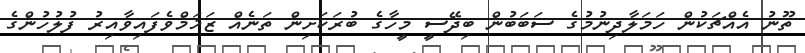
ތޫނު އެއްޗަކުން ހަމަލާދިނުމުގެ ސަބަބުން ބިދޭސީ މީހާގެ ބުރަކަށިން ތަނެއް ޒަޚަމްވެފައިވާއިރު ފުލުހުންގެ